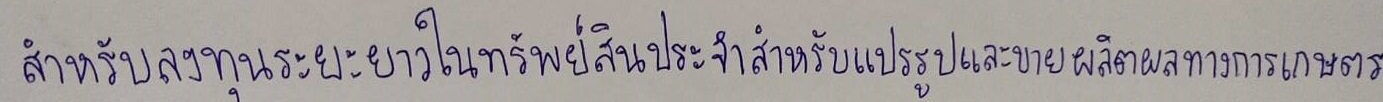
สำหรับลงทุนระยะยาวในทรัพย์สินประจำสำหรับแปรรูปและขายผลิตผลทางการเกษตร